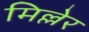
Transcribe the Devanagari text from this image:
मिल्लेर